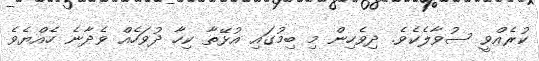
ކުރެއްވީ ސުވާލެކެވެ. ދިވެހިން މި ބިމުގައި އުޅޭތާ ކިހާ ދުވަހެއް ވެދާނެ ހެއްޔެވެ